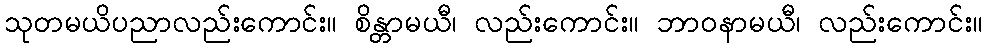
သုတမယိပညာလည်းကောင်း။ စိန္တာမယီ၊ လည်းကောင်း။ ဘာဝနာမယီ၊ လည်းကောင်း။